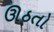
ઊઠતો